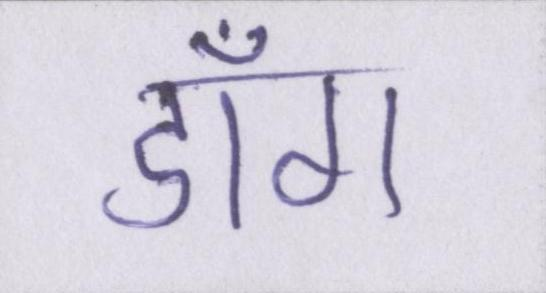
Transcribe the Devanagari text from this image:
डाँग